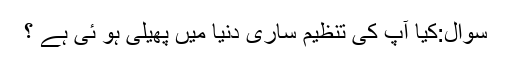
سوال:کیا آپ کی تنظیم ساری دنیا میں پھیلی ہو ئی ہے ؟